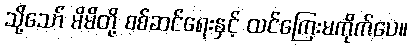
သို့သော် မိမိတို့ စစ်ဆင်ရေးနှင့် ထင်ကြေးမကိုက်ပေ။